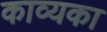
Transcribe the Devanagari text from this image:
काव्यका